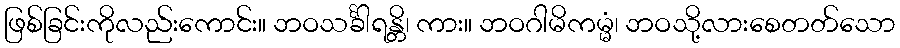
ဖြစ်ခြင်းကိုလည်းကောင်း။ ဘဝသင်္ခါရန္တိ၊ ကား။ ဘဝဂါမိကမ္မံ၊ ဘဝသို့လားစေတတ်သော